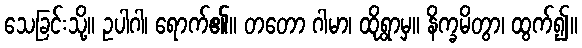
သေခြင်းသို့။ ဥပါဂါ၊ ရောက်၏။ တတော ဂါမာ၊ ထိုရွာမှ။ နိက္ခမိတွာ၊ ထွက်၍။